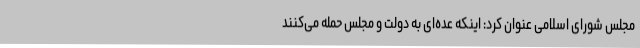
مجلس شورای اسلامی عنوان کرد: اینکه عده‌ای به دولت و مجلس حمله می‌کنند